Indian journal of veterinary science and animal husbandry - Volumes 22-23, 1952-1953
Year: 1952
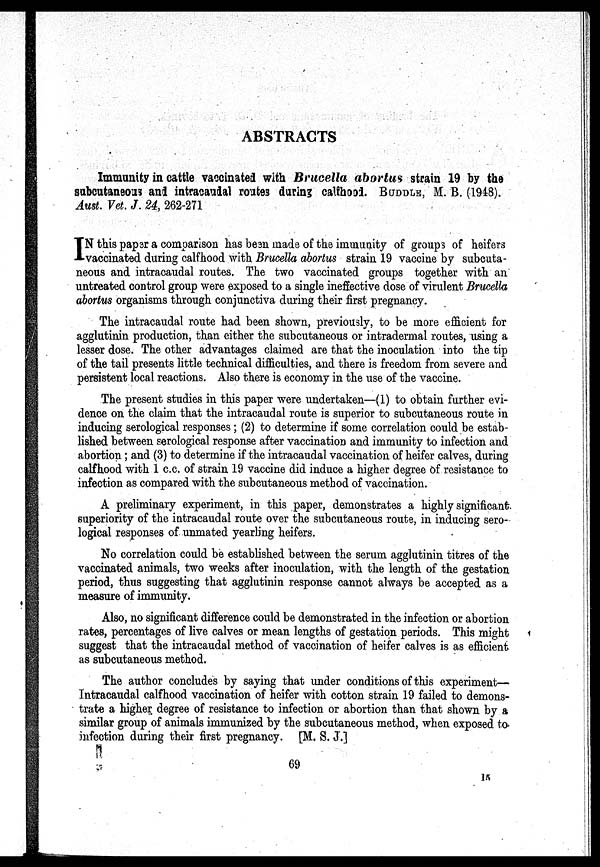
ABSTRACTS
Immunity in cattle vaccinated with Brucella abortus strain 19 by the
subcutaneous and intracaudal routes during calfhood. BUDDLE, M. B. (1948).
Aust. Vet. J. 24, 262-271
I N this paper a comparison has been made of the immunity of groups of heifers
vaccinated during calfhood with Brucella abortus strain 19 vaccine by subcuta-
neous and intracaudal routes. The two vaccinated groups together with an
untreated control group were exposed to a single ineffective dose of virulent Brucella
abortus organisms through conjunctiva during their first pregnancy.
The intracaudal route had been shown, previously, to be more efficient for
agglutinin production, than either the subcutaneous or intradermal routes, using a
lesser dose. The other advantages claimed are that the inoculation into the tip
of the tail presents little technical difficulties, and there is freedom from severe and
persistent local reactions. Also there is economy in the use of the vaccine.
The present studies in this paper were undertaken—(1) to obtain further evi-
dence on the claim that the intracaudal route is superior to subcutaneous route in
inducing serological responses ; (2) to determine if some correlation could be estab-
lished between serological response after vaccination and immunity to infection and
abortion; and (3) to determine if the intracaudal vaccination of heifer calves, during
calfhood with 1 c.c. of strain 19 vaccine did induce a higher degree of resistance to
infection as compared with the subcutaneous method of vaccination.
A preliminary experiment, in this paper, demonstrates a highly significant
superiority of the intracaudal route over the subcutaneous route, in inducing sero-
logical responses of unmated yearling heifers.
No correlation could be established between the serum agglutinin titres of the
vaccinated animals, two weeks after inoculation, with the length of the gestation
period, thus suggesting that agglutinin response cannot always be accepted as a
measure of immunity.
Also, no significant difference could be demonstrated in the infection or abortion
rates, percentages of live calves or mean lengths of gestation periods. This might
suggest that the intracaudal method of vaccination of heifer calves is as efficient
as subcutaneous method.
The author concludes by saying that under conditions of this experiment—
Intracaudal calfhood vaccination of heifer with cotton strain 19 failed to demons-
trate a higher degree of resistance to infection or abortion than that shown by a
similar group of animals immunized by the subcutaneous method, when exposed to
infection during their first pregnancy. [M. S. J.]
69
15